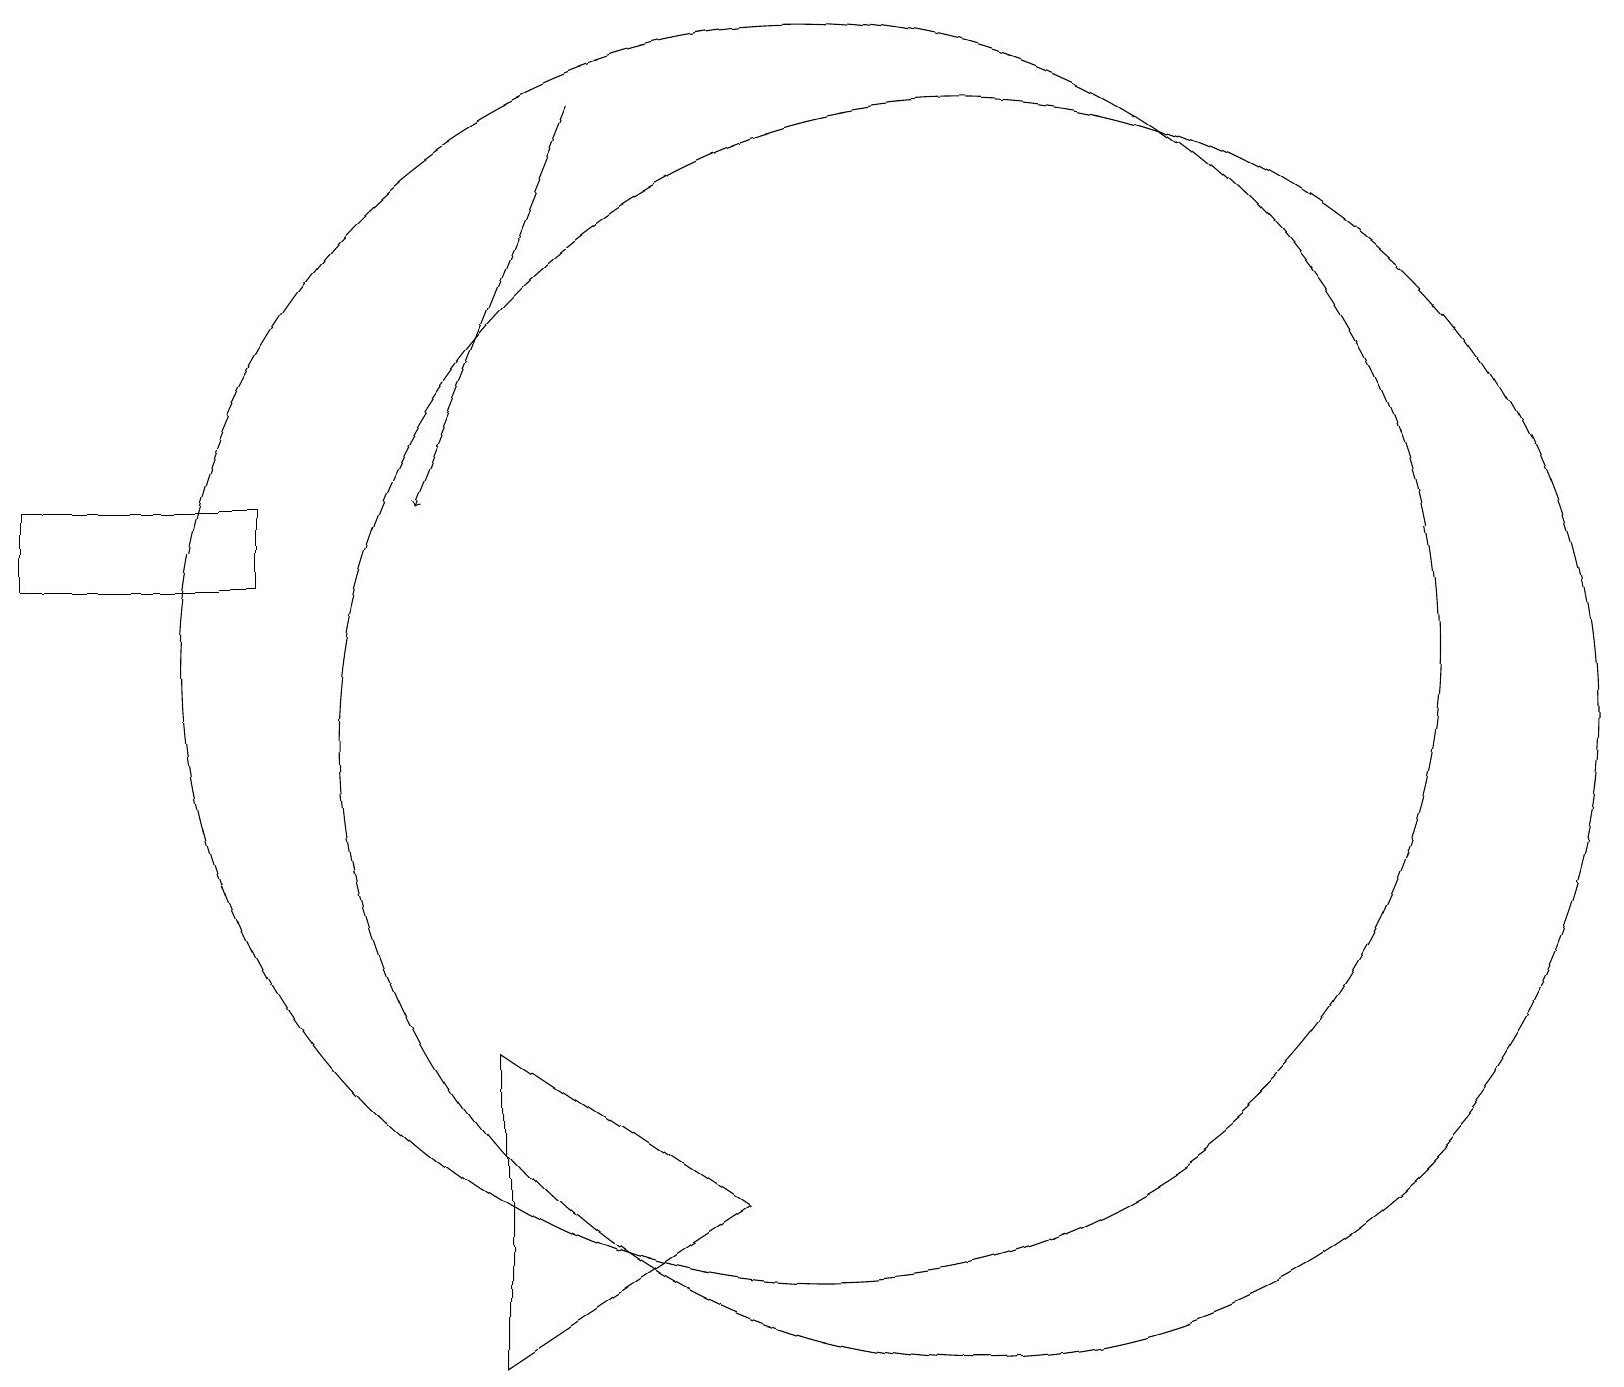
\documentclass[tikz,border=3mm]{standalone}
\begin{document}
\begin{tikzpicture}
\draw (3,14) rectangle (0,13);
\draw (6,7) -- (6,3) -- (9,5) -- cycle;
\draw[->] (7,19) -- (5,14);
\draw (12,11) circle (8);
\draw (10,12) circle (8);
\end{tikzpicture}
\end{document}